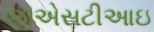
જીએસટીઆઇ